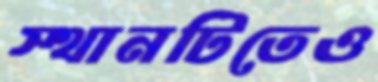
স্থানটিতেও